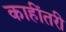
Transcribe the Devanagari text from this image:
काहींतरी